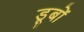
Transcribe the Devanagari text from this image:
डूबों